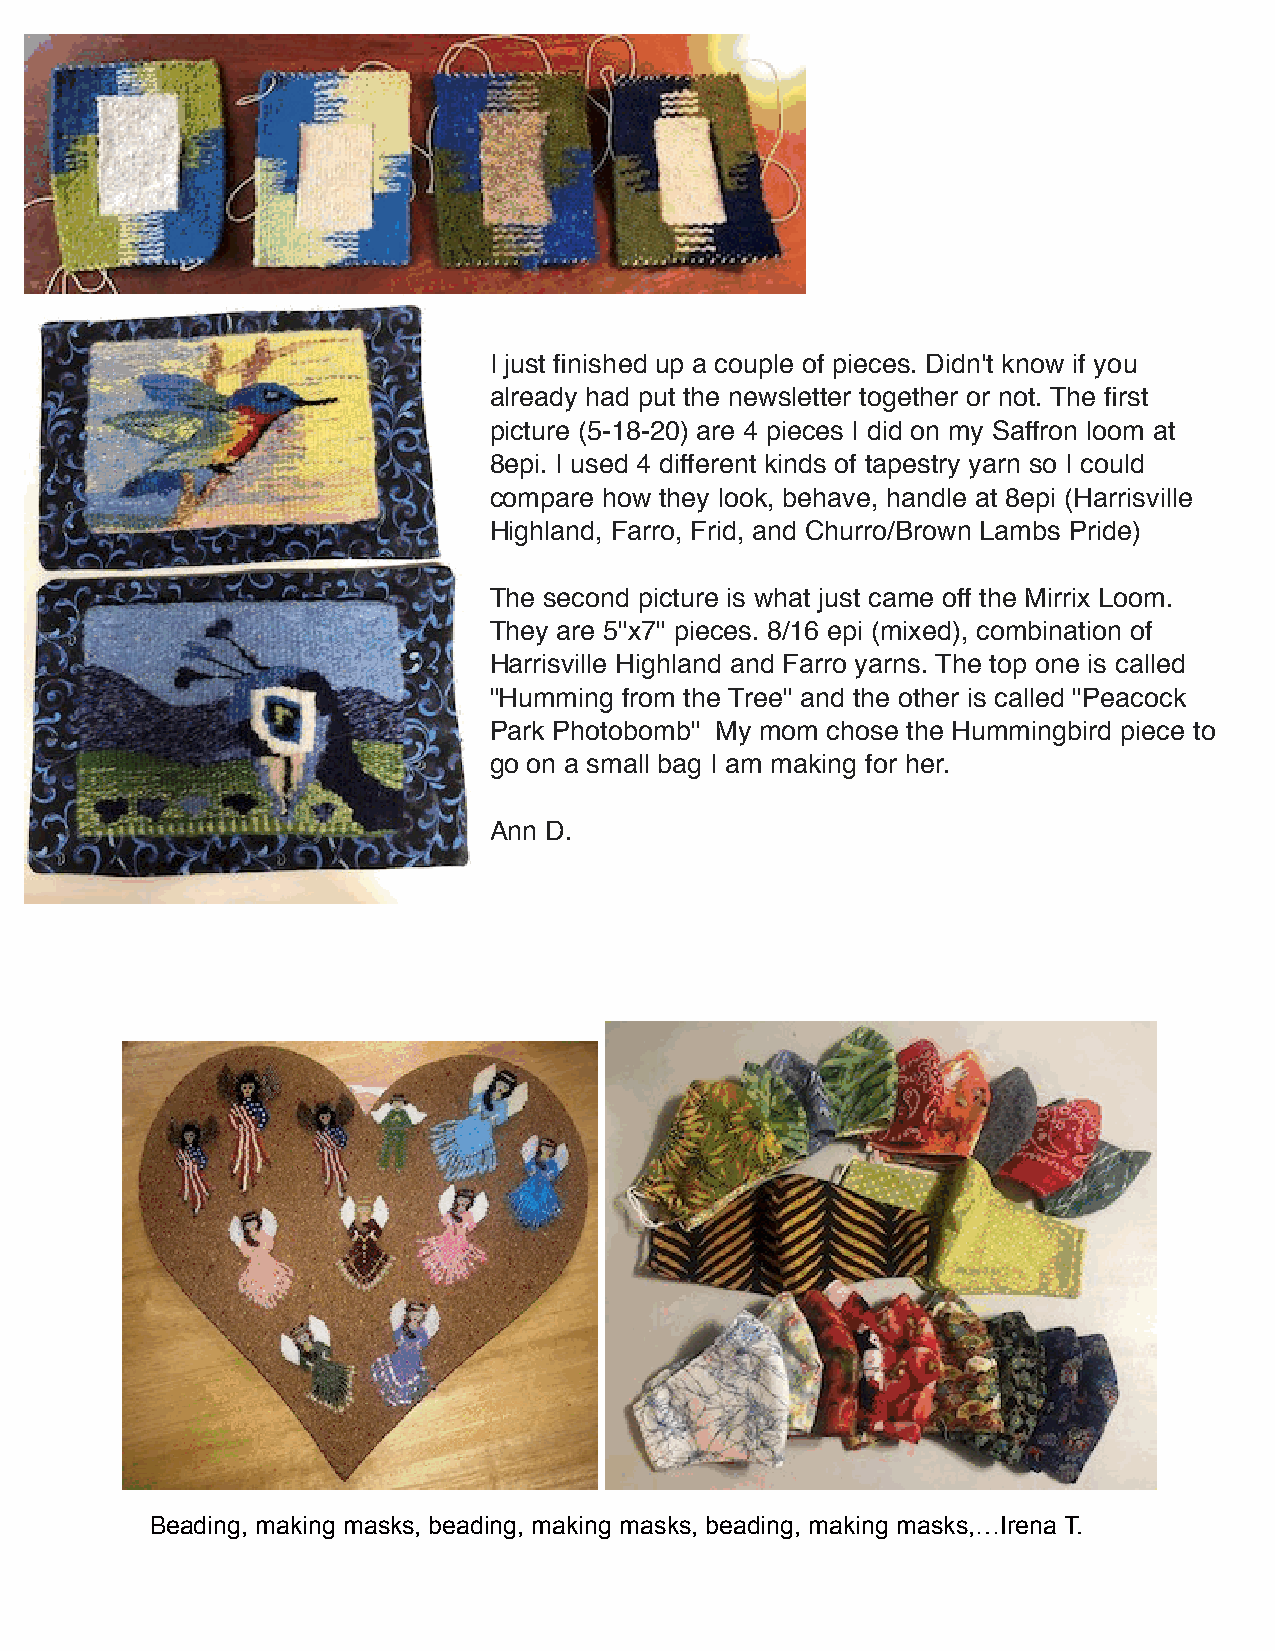
I just finished up a couple of pieces. Didn't know if you
 already had put the newsletter together or not. The first
 picture (5-18-20) are 4 pieces I did on my Saffron loom at
 8epi. I used 4 different kinds of tapestry yarn so I could
 compare how they look, behave, handle at 8epi (Harrisville
 Highland, Farro, Frid, and Churro/Brown Lambs Pride)
 The second picture is what just came off the Mirrix Loom.
 They are 5"x7" pieces. 8/16 epi (mixed), combination of
 Harrisville Highland and Farro yarns. The top one is called
 "Humming from the Tree" and the other is called "Peacock
 Park Photobomb" My mom chose the Hummingbird piece to
 go on a small bag I am making for her.
 Ann D.
 Beading, making masks, beading, making masks, beading, making masks,…Irena T.